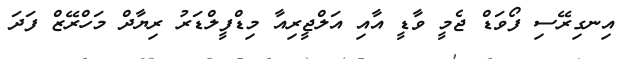
އިނގިރޭސި ފޯވަޑް ޖެމީ ވާޑީ އާއި އަލްޖީރިއާ މިޑްފީލްޑަރު ރިޔާދް މަހްރޭޒް ފަދަ